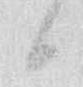
候